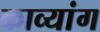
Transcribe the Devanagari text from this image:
काव्यांग